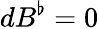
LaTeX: dB^{\flat}=0